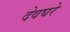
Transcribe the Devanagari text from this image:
देवघरे